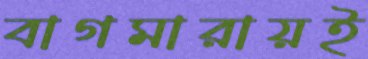
বাগমারায়ই